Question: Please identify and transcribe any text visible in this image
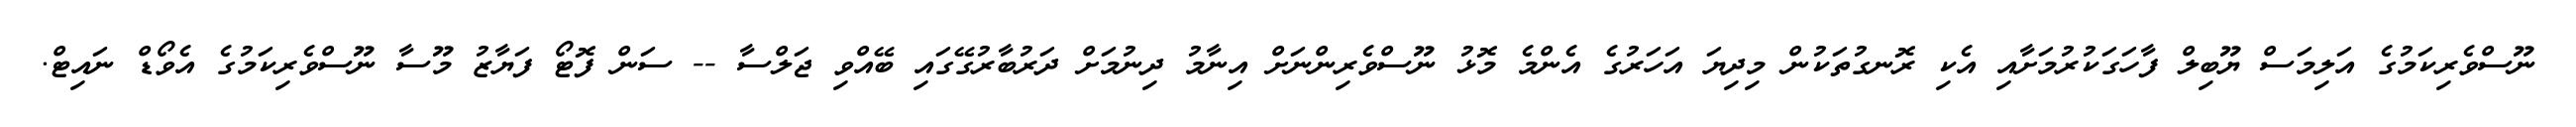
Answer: ނޫސްވެރިކަމުގެ އަލިމަސް ޔޫބިލް ފާހަގަކުރުމަށާއި އެކި ރޮނގުތަކުން މިދިޔަ އަހަރުގެ އެންމެ މޮޅު ނޫސްވެރިންނަށް އިނާމު ދިނުމަށް ދަރުބާރުގޭގައި ބޭއްވި ޖަލްސާ -- ސަން ފޮޓޯ ފަޔާޒު މޫސާ ނޫސްވެރިކަމުގެ އެވޯޑް ނައިޓް.